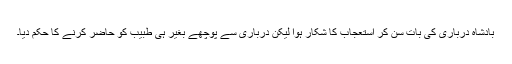
بادشاہ درباری کی بات سن کر استعجاب کا شکار ہوا لیکن درباری سے پوچھے بغیر ہی طبیب کو حاضر کرنے کا حکم دیا۔